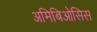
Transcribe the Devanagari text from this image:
अमिबिओसिस